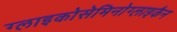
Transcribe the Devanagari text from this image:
ग्लाइकोसेमिनोग्लाइकैन